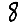
Digit: 8